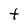
Character: t